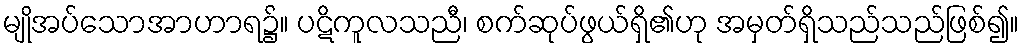
မျိုအပ်သောအာဟာရ၌။ ပဋိကူလသညီ၊ စက်ဆုပ်ဖွယ်ရှိ၏ဟု အမှတ်ရှိသည်သည်ဖြစ်၍။